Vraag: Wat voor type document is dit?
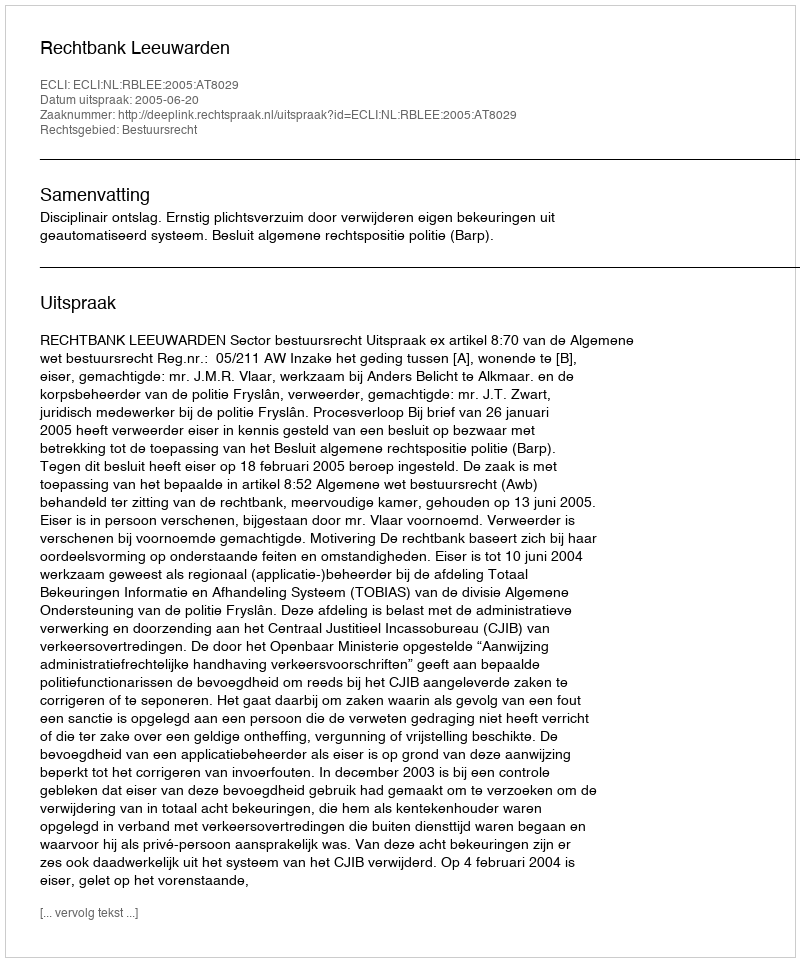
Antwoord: Uitspraak